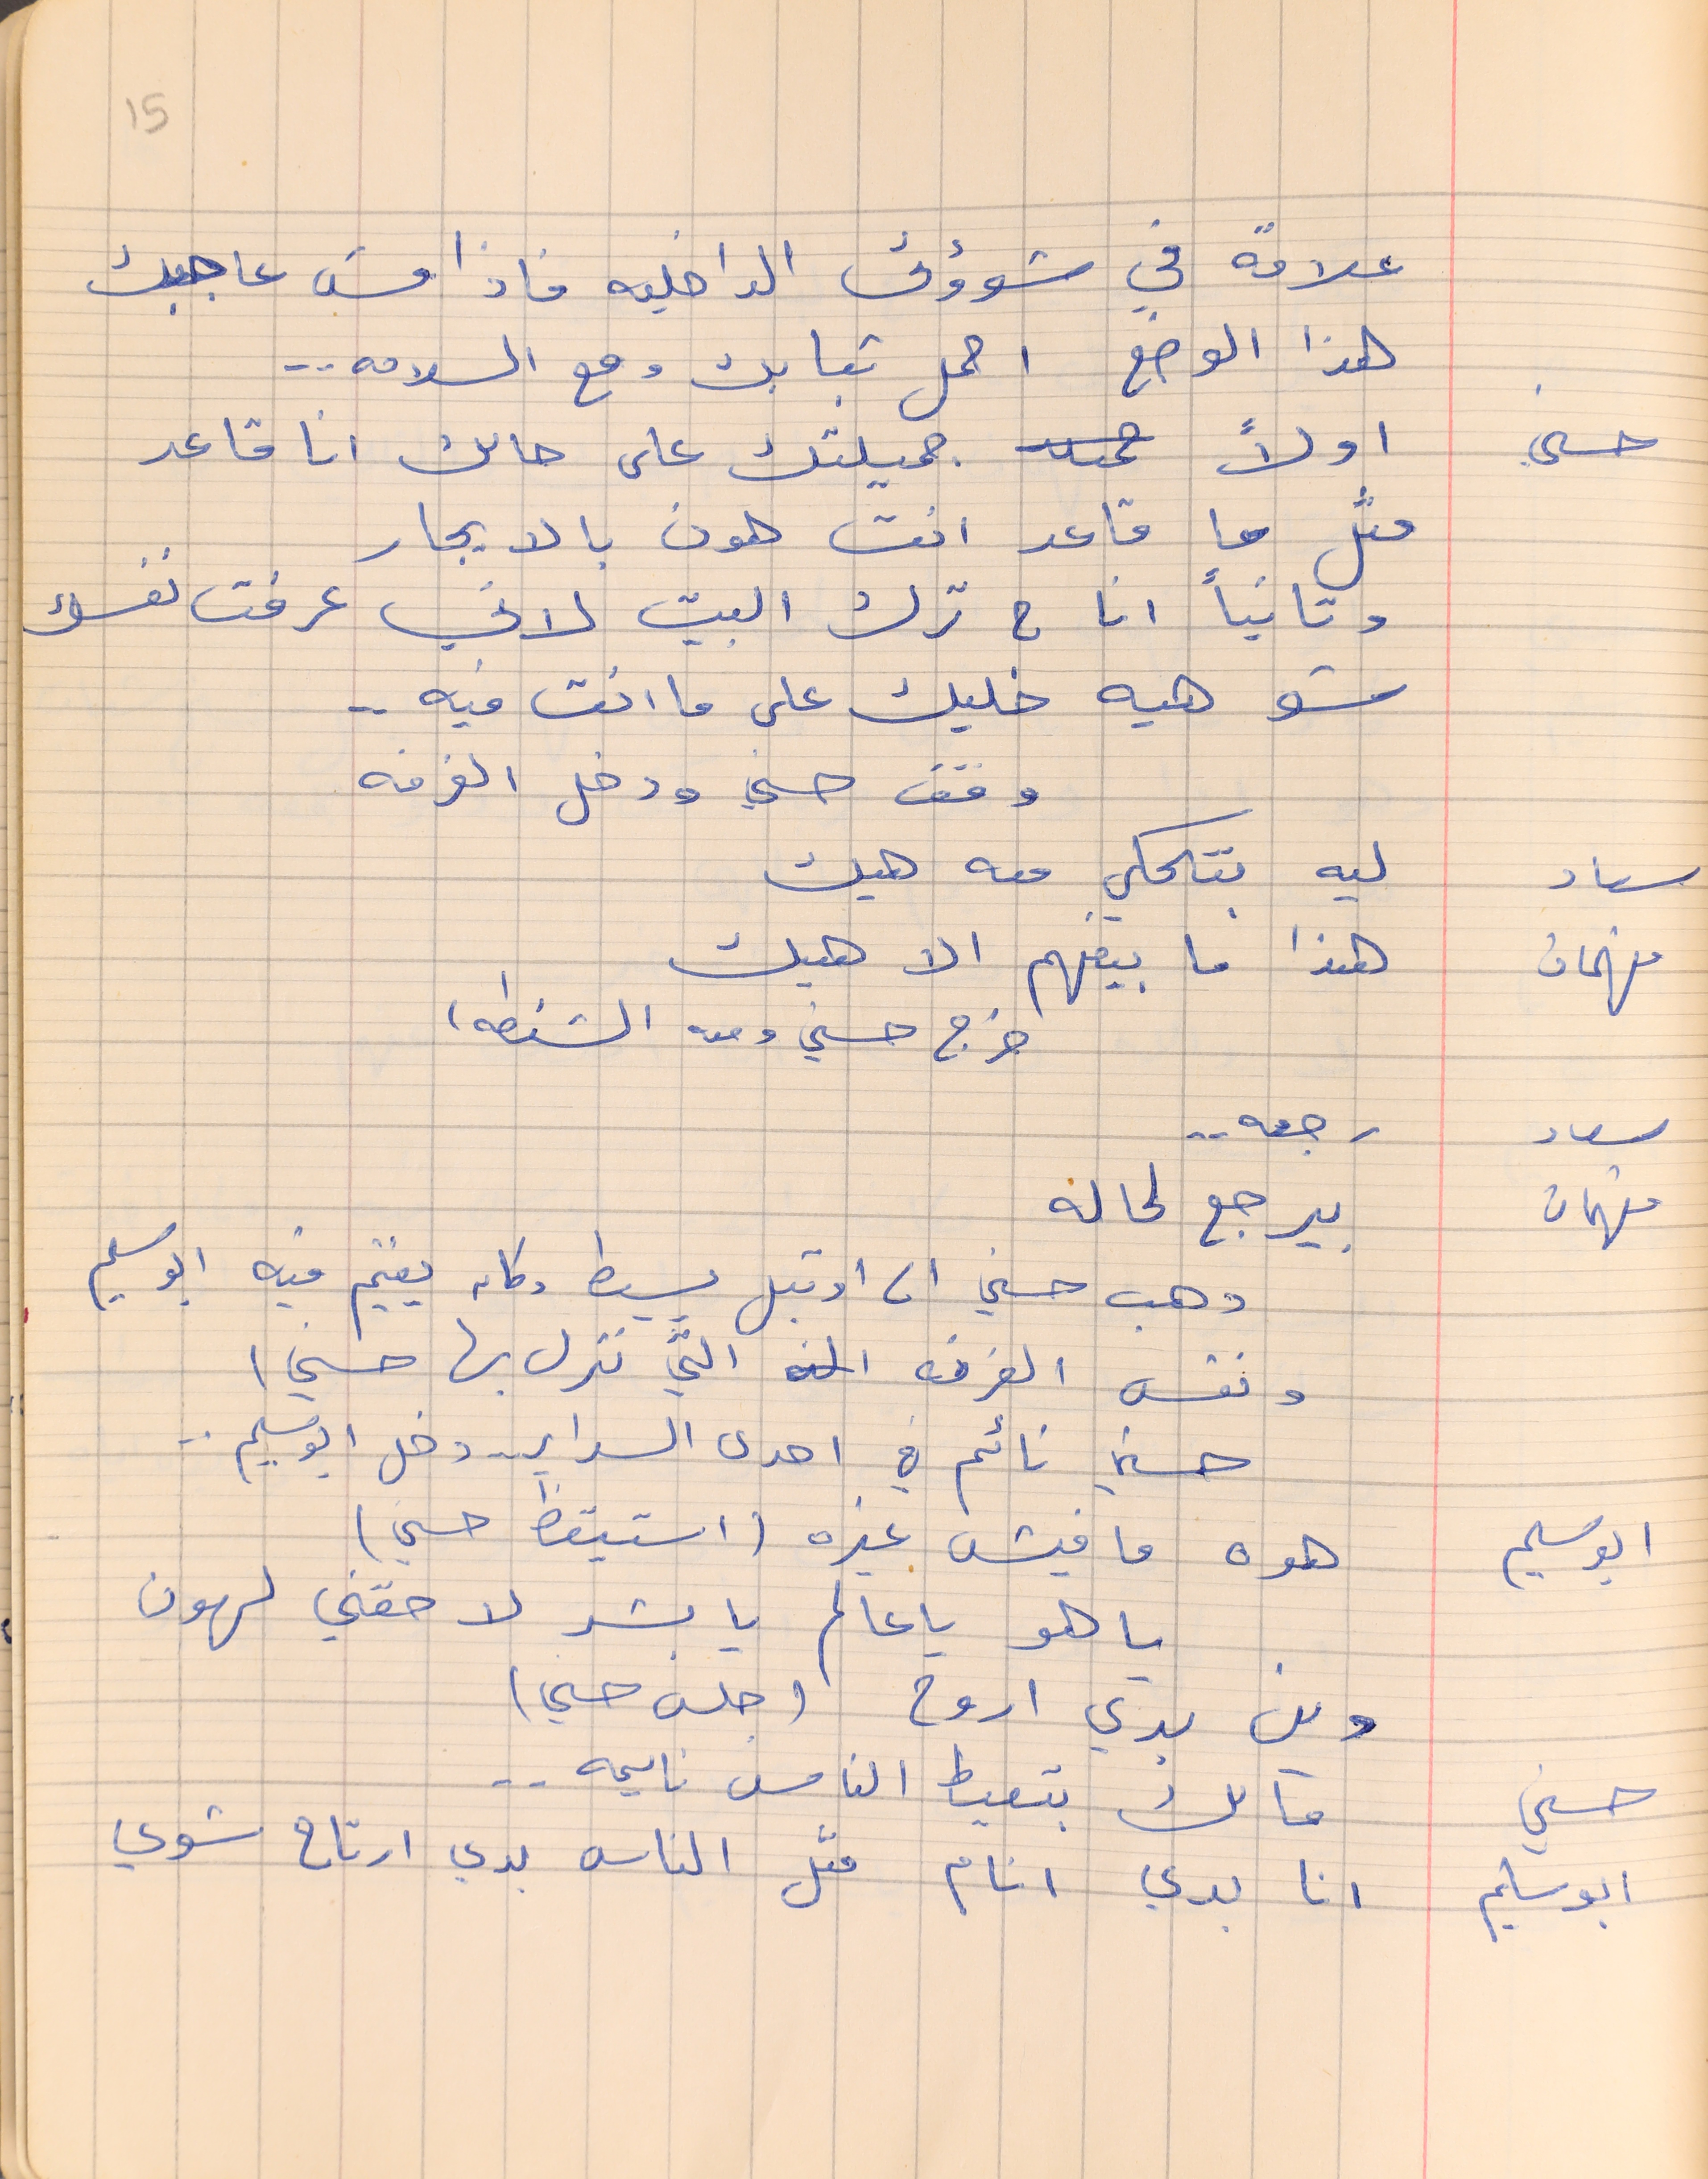
علاقه في شوؤنى الداخليه فاذا مش عاجبك
هذا الوضع احمل تيابك ومع السلامه . .
حسني   اولاً  جميلتك على حالك انا قاعد
متل ما قاعد انت هون بالايجار
وثانياً انا ح ترك البيت لاني عرفت نفسك
شو هيه خليك على ما انت فيه . .
وقف حسني ودخل الغرفه
سعاد     ليه بتحكي معه هيك
فهمان    هذا ما بيفهم الا هيك
سعاد    رجعه . .
فهمان    بيرجع لحاله
ذهب حسني الى اوتيل بسيط وكان يقيم فيه ابو سليم
ونفس الغرفه التي نزل بها حسني)
ابو سليم    هوه ما فيش غيره (استيقظ حسني)
وين بدي اروح (جلس حسني)
حسني     مالك بتعيط الناس نايمه . .
ابو سليم     انا بدي انام متل الناس بدي ارتاح شوي
15
خرج حسني ومعه الشنطه)
حسني نائم في احدى السراير . . دخل ابو سليم . .
يا هو يا عالم يا بشر لا حقني لهون